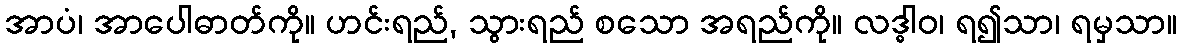
အာပံ၊ အာပေါဓာတ်ကို။ ဟင်းရည်, သွားရည် စသော အရည်ကို။ လဒ္ဓါဝ၊ ရ၍သာ၊ ရမှသာ။